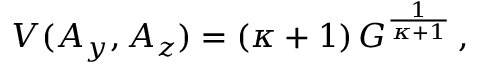
\begin{array} { r } { V ( A _ { y } , A _ { z } ) = ( \kappa + 1 ) \, G ^ { \frac { 1 } { \kappa + 1 } } \, , } \end{array}